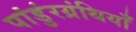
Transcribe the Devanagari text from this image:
पांडुंरग्रंथियाँ